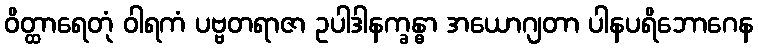
ဝိတ္ထာရေတုံ ဝါရကံ ပဗ္ဗတရာဇာ ဥပါဒါနက္ခန္ဓာ အယောဂျတာ ပါနပရိဘောဂေန